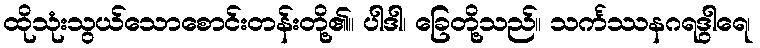
ထိုသုံးသွယ်သောစောင်းတန်းတို့၏။ ပါဒါ၊ ခြေတို့သည်။ သင်္ကဿနဂရဒွါရေ၊